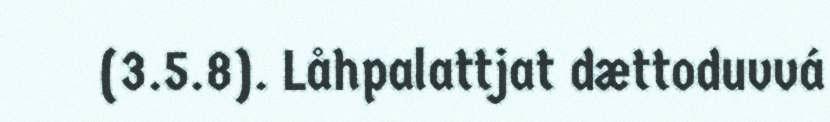
(3.5.8). Låhpalattjat dættoduvvá